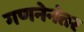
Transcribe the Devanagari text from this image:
गणनेनंतर